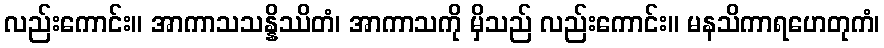
လည်းကောင်း။ အာကာသသန္နိဿိတံ၊ အာကာသကို မှိသည် လည်းကောင်း။ မနသိကာရဟေတုကံ၊